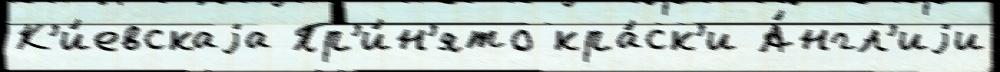
К'и́евскаjа Пр'и́н'ято кра́ск'и А́нгл'иjи